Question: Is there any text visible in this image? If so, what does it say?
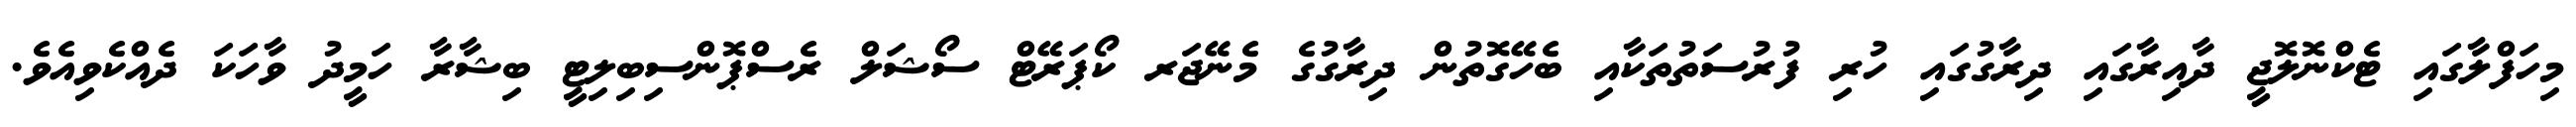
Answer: މިހަފްލާގައި ޓެކްނޮލޮޖީ ދާއިރާގައި ދިރާގުގައި ހުރި ފުރުސަތުތަކާއި ބެހޭގޮތުން ދިރާގުގެ މެނޭޖަރ ކޯޕަރޭޓް ސޯޝަލް ރެސްޕޮންސިބިލިޓީ ބިޝާރާ ހަމީދު ވާހަކަ ދެއްކެވިއެވެ.